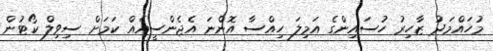
މުހައްމަދު ޒާހިރު ހުސައިންގެ އަމިލަ ހިއްސާ އޮންނަ އެޖެންސީއެއް ކަމަށް ސިވިލް ކޯޓުން